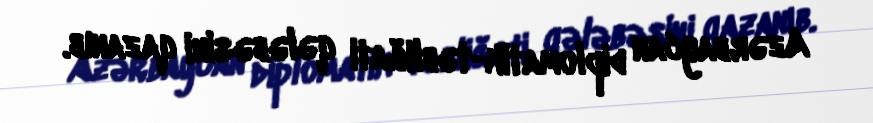
Azərbaycan diplomatik-təbliğati qələbəsini qazanıb.